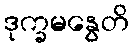
ဒုက္ခမနွေတိ